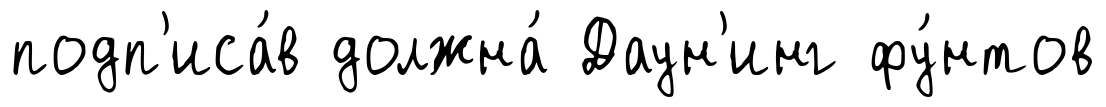
подп'иса́в должна́ Даун'инг фу́нтов